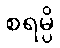
စရမ္ပိ